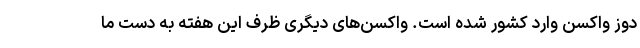
دوز واکسن وارد کشور شده است. واکسن‌های دیگری ظرف این هفته به دست ما